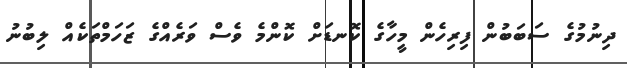
ދިނުމުގެ ސަބަބުން ފިރިހެން މީހާގެ ކޮނޑަށް ކޮންމެ ވެސް ވަރެއްގެ ޒަހަމްތަކެއް ލިބުނު